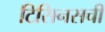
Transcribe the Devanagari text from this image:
टिसिनसची